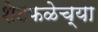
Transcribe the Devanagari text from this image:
शेटफळेच्या